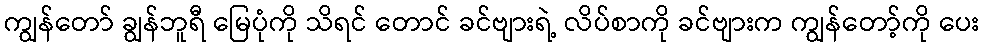
ကျွန်တော် ချွန်ဘူရီ မြေပုံကို သိရင် တောင် ခင်ဗျားရဲ့ လိပ်စာကို ခင်ဗျားက ကျွန်တော့်ကို ပေး